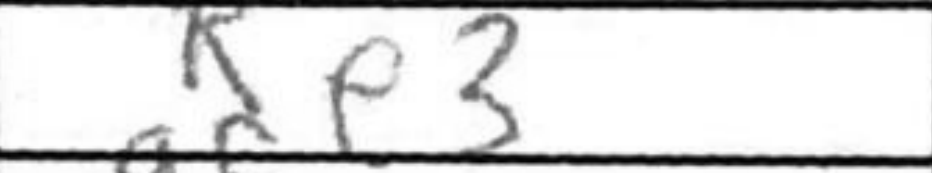
Transcription: Re3